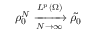
\rho _ { 0 } ^ { N } \xrightarrow [ N \rightarrow \infty ] { L ^ { p } ( \Omega ) } \Tilde { \rho _ { 0 } }